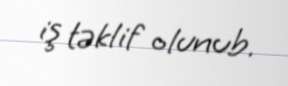
iş təklif olunub.